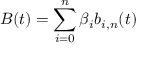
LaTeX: B ( t ) = \sum _ { i = 0 } ^ { n } \beta _ { i } b _ { i , n } ( t )